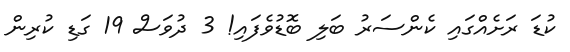
ކުޑަ ރަށެއްގައި ކެންސަރު ބަލި ބޮޑުވެފައި! 3 ދުވަސް 19 ގަޑި ކުރިން